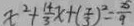
x ^ { 2 } + \frac { 1 4 } { 3 } x + ( \frac { 7 } { 3 } ) ^ { 2 } = \frac { 2 5 } { 9 }